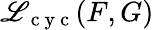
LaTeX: \mathscr{L}_{\mathrm{{~c~y~c~}}}(F,G)